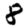
Digit: 8